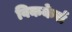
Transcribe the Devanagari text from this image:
विककेर्स